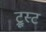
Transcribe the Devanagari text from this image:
ट्रूस्ट